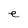
Character: e